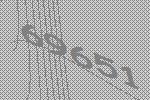
69651